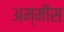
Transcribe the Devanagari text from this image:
अम्मीस